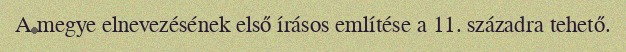
A megye elnevezésének első írásos említése a 11. századra tehető.